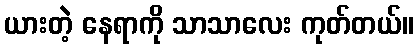
ယားတဲ့ နေရာကို သာသာလေး ကုတ်တယ်။